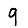
Digit: 9